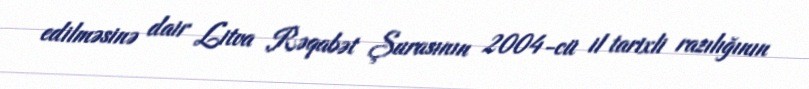
edilməsinə dair Litva Rəqabət Şurasının 2004-cü il tarixli razılığının